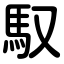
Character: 馭